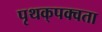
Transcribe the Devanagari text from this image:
पृथक्‌पक्वता